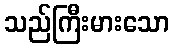
သည်ကြီးမားသော